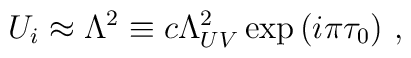
U_i \approx \Lambda^2 \equiv c\Lambda_{UV}^2 \exp{(i\pi\tau_0)}\ ,